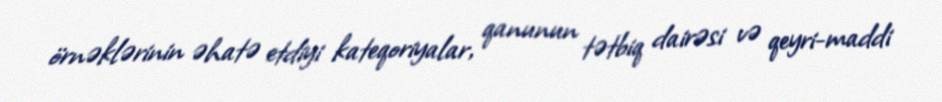
örnəklərinin əhatə etdiyi kateqoriyalar, qanunun tətbiq dairəsi və qeyri-maddi